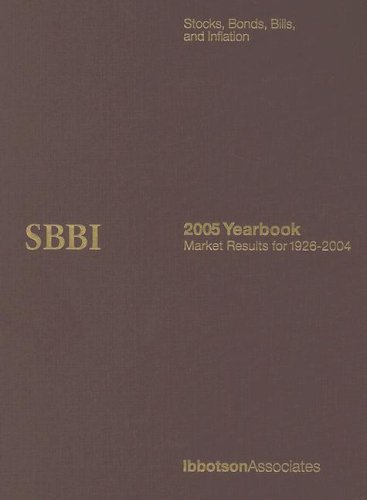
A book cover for Stocks, Bonds, Bills, And Inflation Yearbook, 2005: CLASSIC EDITION (Stocks, Bonds, Bills and Inflation (Sbbi) Yearbook (Classic Edition)); Business & Money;